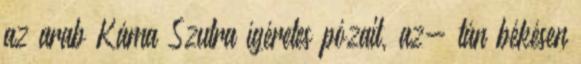
az arab Káma Szutra ígéretes pózait, az- tán békésen